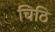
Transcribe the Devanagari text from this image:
चिठि